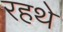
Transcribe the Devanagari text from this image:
रहथे